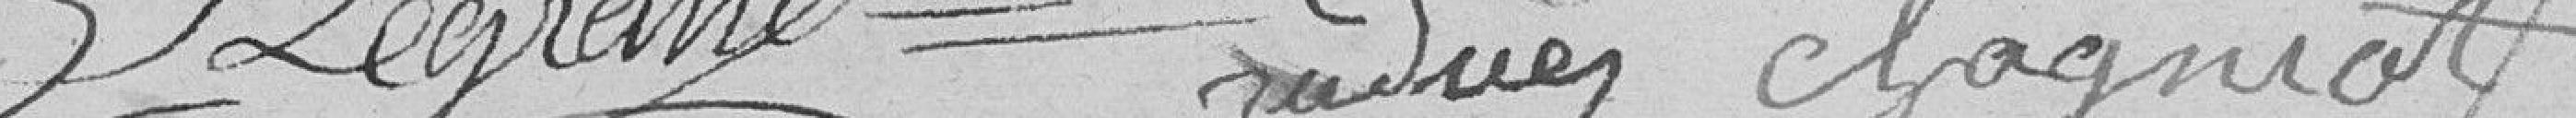
Legrand Judice Chagnat